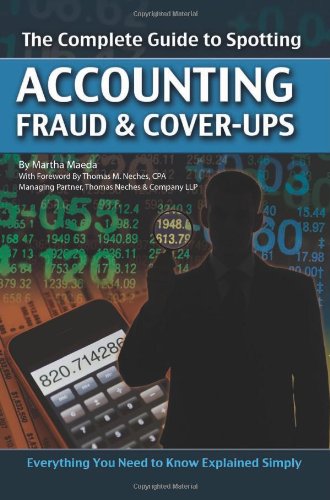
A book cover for The Complete Guide to Spotting Accounting Fraud & Cover-Ups: Everything You Need to Know Explained Simply; Martha Maeda; Business & Money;